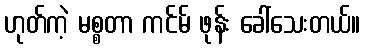
ဟုတ်ကဲ့ မစ္စတာ ကင်မ် ဖုန်း ခေါ်သေးတယ်။